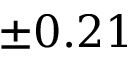
\pm 0 . 2 1